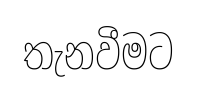
තැනවීමට